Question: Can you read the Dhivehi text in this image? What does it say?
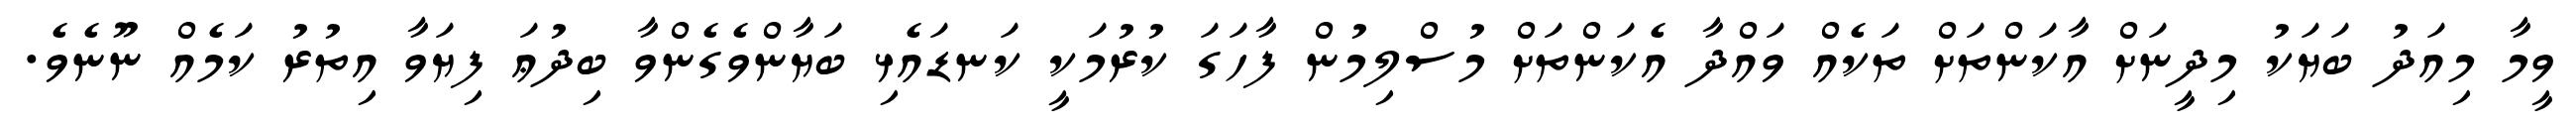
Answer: ވީމާ މިއަދު ބަޔަކު މިދީނަށް އާކަންތަށް ތަކެއް ވައްދާ އެކަންތަށް މުސްލިމުން ފާހަގަ ކުރުމަކީ ކަނޑައެޅި ބަޔާންވެގެންވާ ބިދުޢަ ފިޔަވާ އިތުރު ކަމެއް ނޫނެވެ.